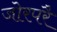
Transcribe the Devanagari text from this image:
जोरपरै